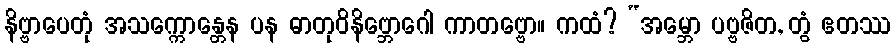
နိဗ္ဗာပေတုံ အသက္ကောန္တေန ပန ဓာတုဝိနိဗ္ဘောဂေါ ကာတဗ္ဗော။ ကထံ? “အမ္ဘော ပဗ္ဗဇိတ, တွံ ဧတဿ